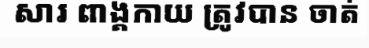
សារ ពាង្គកាយ ត្រូវបាន ចាត់